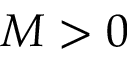
M > 0